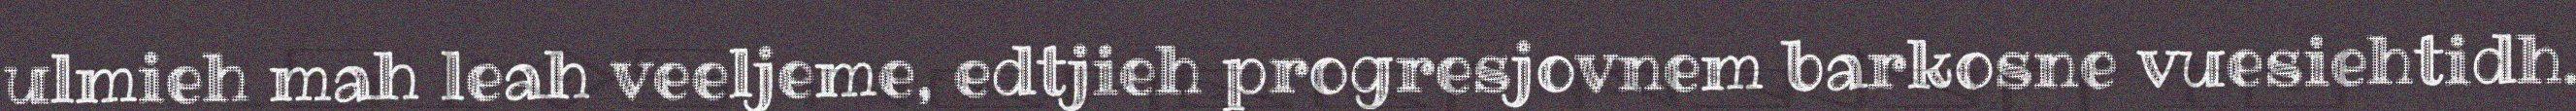
ulmieh mah leah veeljeme, edtjieh progresjovnem barkosne vuesiehtidh.